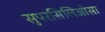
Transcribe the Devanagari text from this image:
सुपरसिलिओसा